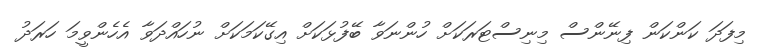
މިފަދަ ކަންކަން ފިނޭންސް މިނިސްޓަރަކަށް ހުންނަވާ ބޭފުޅަކަށް އިގޭކަމަކަށް ނުހައްދަވާ އެހެންވީމަ ހަރަދު